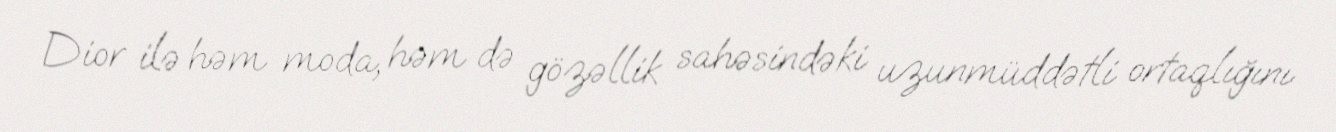
Dior ilə həm moda, həm də gözəllik sahəsindəki uzunmüddətli ortaqlığını